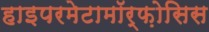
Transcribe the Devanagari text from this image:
हाइपरमेटामॉर्फ़ोसिस